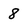
Character: 8